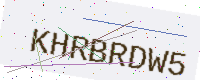
Text: KHRBRDW5